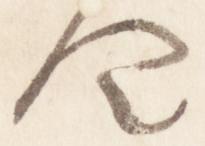
令